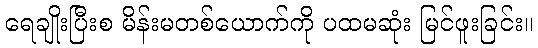
ရေချိုးပြီးစ မိန်းမတစ်ယောက်ကို ပထမဆုံး မြင်ဖူးခြင်း။